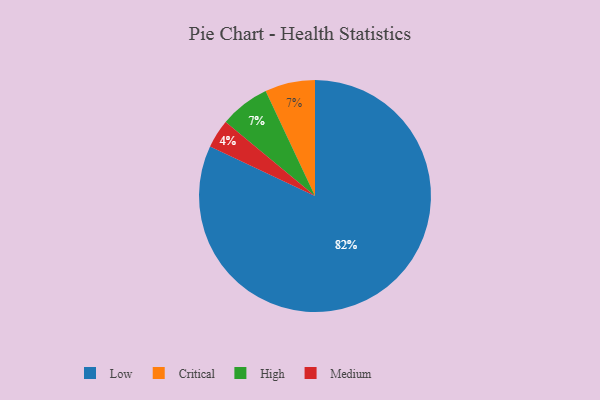
{"axis": {"x": "Category", "y": "Percentage"}, "legend": ["Critical", "High", "Low", "Medium"], "data": [{"x": "Critical", "y": 7, "type": "Critical"}, {"x": "Low", "y": 82, "type": "Low"}, {"x": "High", "y": 7, "type": "High"}, {"x": "Medium", "y": 4, "type": "Medium"}]}